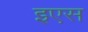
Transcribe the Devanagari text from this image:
इएस